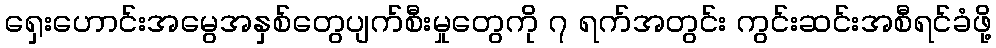
ရှေးဟောင်းအမွေအနှစ်တွေပျက်စီးမှုတွေကို ၇ ရက်အတွင်း ကွင်းဆင်းအစီရင်ခံဖို့